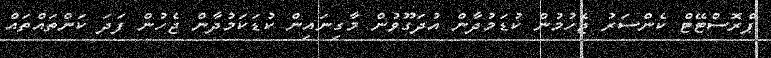
ޕްރޮސްޓޭޓް ކެންސަރު ޖެހުމުން ކުޑަމުދާން އުދަގޫވުން މާގިނައިން ކުޑަކަމުދާން ޖެހުން ފަދަ ކަންތައްތައް